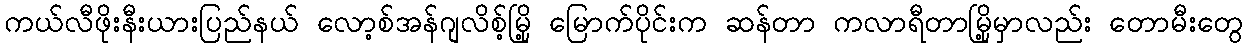
ကယ်လီဖိုးနီးယားပြည်နယ် လော့စ်အန်ဂျလိစ့်မြို့ မြောက်ပိုင်းက ဆန်တာ ကလာရီတာမြို့မှာလည်း တောမီးတွေ